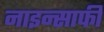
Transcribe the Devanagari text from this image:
नाइन्साफी